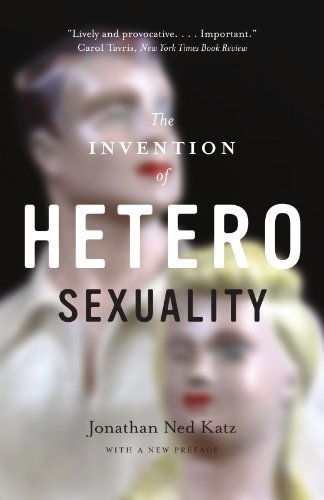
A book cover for The Invention of Heterosexuality; Jonathan Ned Katz; Gay & Lesbian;